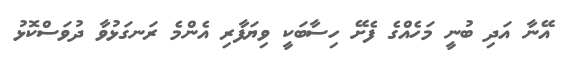
އޭނާ އަދި ބުނީ މަހެއްގެ ފެށޭ ހިސާބަކީ ވިޔަފާރި އެންމެ ރަނގަޅުވާ ދުވަސްކޮޅު